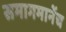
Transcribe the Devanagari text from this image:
समागमानेंच